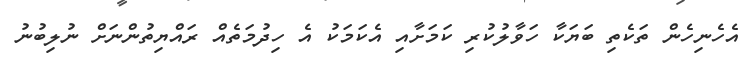
އެހެނިހެން ތަކެތި ބަޔަކާ ހަވާލުކުރި ކަމަށާއި އެކަމަކު އެ ހިދުމަތެއް ރައްޔިތުންނަށް ނުލިބުނު